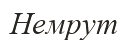
Немрут